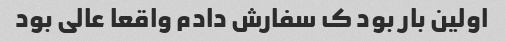
اولین بار بود ک سفارش دادم واقعا عالی بود